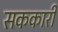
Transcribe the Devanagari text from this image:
सककारी